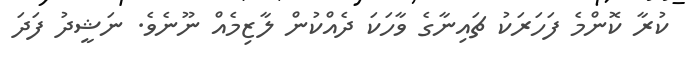
ކުރާ ކޮންމެ ފަހަރަކު ޗައިނާގެ ވާހަކަ ދެއްކުން ލާޒިމެއް ނޫނެވެ. ނަޝީދު ފަދަ